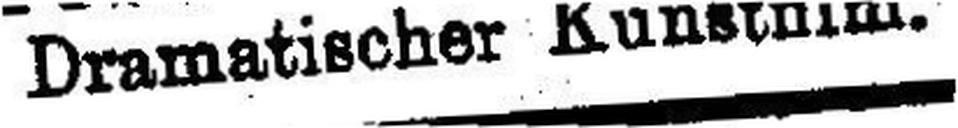
Dramatischer Kunstfilm.